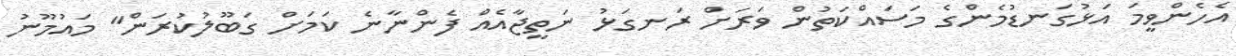
އެހެންވީމަ އަޅުގަނޑުމެންގެ މަސައްކަތުން ވަރަށް ރަނގަޅު ނަތީޖާއެއް ފެންނާނެ ކަމަށް ގަބޫލުކުރަން" މައުމޫނު